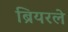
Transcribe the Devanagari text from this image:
ब्रियरले